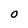
Character: O